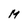
Character: M